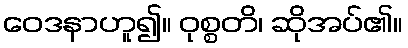
ဝေဒနာဟူ၍။ ဝုစ္စတိ၊ ဆိုအပ်၏။